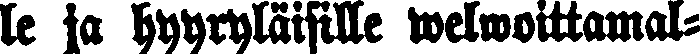
le ja hyyryläisille welwoittamal-